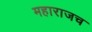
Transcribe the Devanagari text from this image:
महाराजच